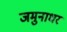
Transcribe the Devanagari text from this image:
जमुनाधर